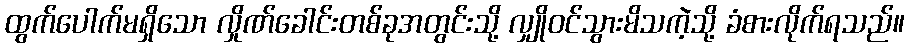
ထွက်ပေါက်မရှိသော လှိုဏ်ခေါင်းတစ်ခုအတွင်းသို့ လျှိုဝင်သွားမိသကဲ့သို့ ခံစားလိုက်ရသည်။